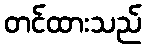
တင်ထားသည်